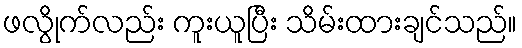
ဖလွိုက်လည်း ကူးယူပြီး သိမ်းထားချင်သည်။